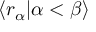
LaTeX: [ x ^ { k } , p ^ { j } ] = i \hbar \delta ^ { k j }